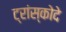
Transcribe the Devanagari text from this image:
ट्रांस्कोदे